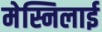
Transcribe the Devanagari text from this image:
मेस्निलाई